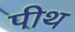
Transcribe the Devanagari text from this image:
पीथ